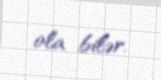
ola bilər.